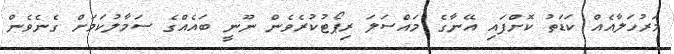
މަރުހަލާއެއް ކަޑަތު ކޮށްފައި އޭނާގެ މައްސަލަ ރިޕޯޓުކުރެވެން ނޫނީ ބައެއްގެ ސަމާލުކަމަށް ގެނެވެން